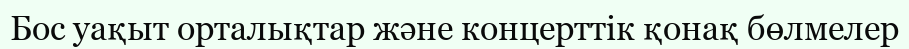
Бос уақыт орталықтар және концерттік қонақ бөлмелер